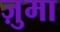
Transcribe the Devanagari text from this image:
ज़ुमा